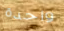
واحدة